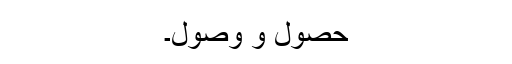
حصول و وصول۔